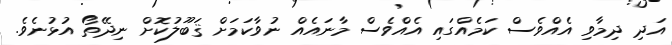
އަދި ދިމާވި އެއްވެސް ކަމެއްގައި އެއްވެސް މާނައެއް ނުވާކަމަށް ޤަބޫލުކޮށް ނިދޭތޯ އުޅުނެވެ.